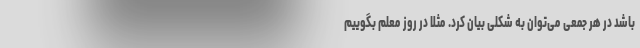
باشد در هر جمعی می‌توان به شکلی بیان کرد. مثلا در روز معلم بگوییم